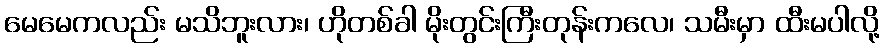
မေမေကလည်း မသိဘူးလား၊ ဟိုတစ်ခါ မိုးတွင်းကြီးတုန်းကလေ၊ သမီးမှာ ထီးမပါလို့